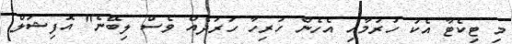
މި ޓިކެޓާ އެކު ހުރުމާއި އެހެން ހުރިހާ ހަރަދެއް ވެސް ލިބޭނެ" އޮފިޝަލް